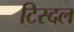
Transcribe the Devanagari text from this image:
टिस्दल